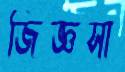
জিজ্ঞসা